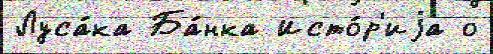
Луса́ка Ба́нка Исто́р'иjа о